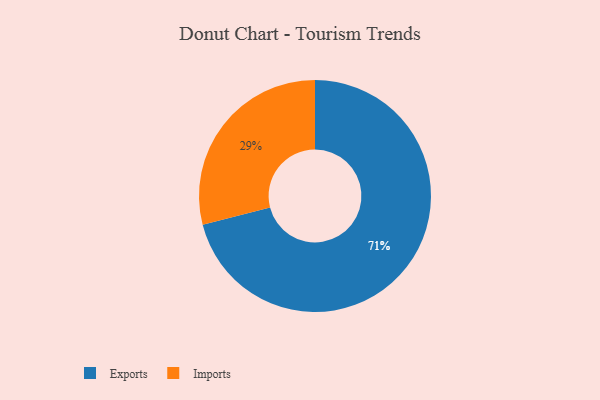
{"axis": {"x": "Category", "y": "Percentage"}, "legend": ["Exports", "Imports"], "data": [{"x": "Exports", "y": 71, "type": "Exports"}, {"x": "Imports", "y": 29, "type": "Imports"}]}